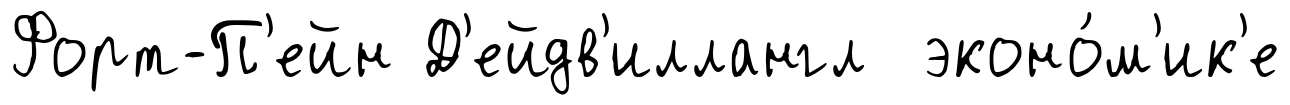
Форт-П'ейн Д'ейдв'иллангл эконо́м'ик'е